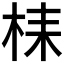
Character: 𣑳